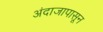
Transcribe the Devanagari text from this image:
अंदाजापासून